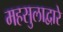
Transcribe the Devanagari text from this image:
महसुलाद्वारे